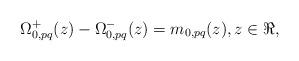
LaTeX: \begin{align*}\Omega^{+}_{0,pq}(z)-\Omega^{-}_{0,pq}(z)=m_{0,pq}(z), z\in \Re,\end{align*}